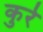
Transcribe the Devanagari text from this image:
कुरे